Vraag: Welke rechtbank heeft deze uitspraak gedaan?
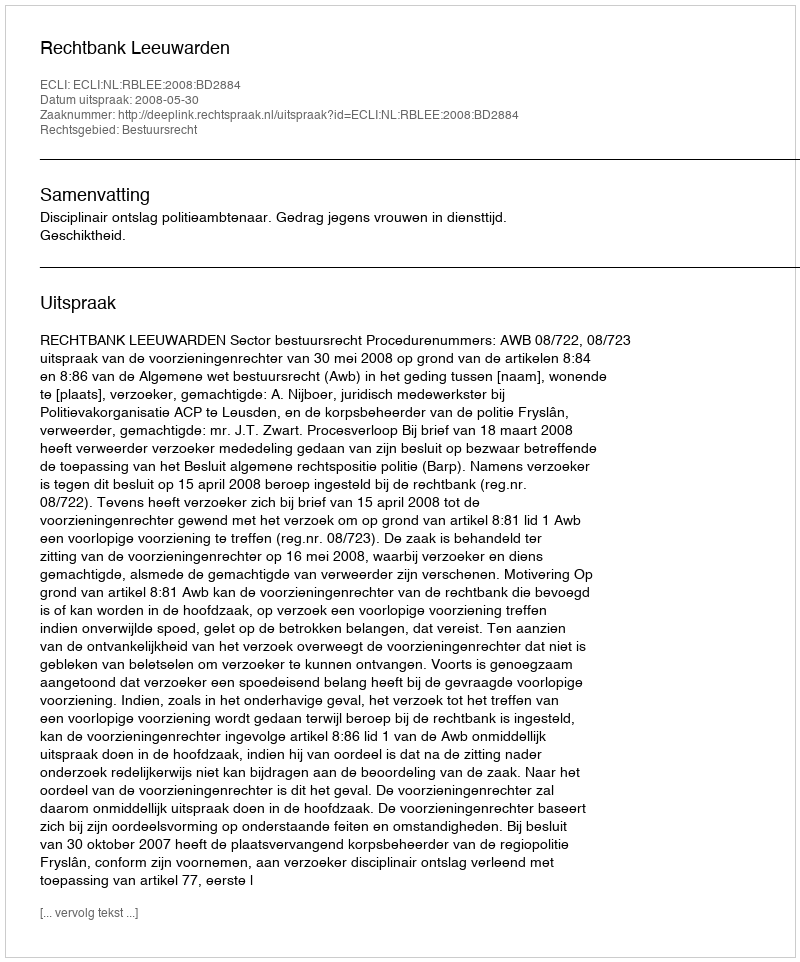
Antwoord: Rechtbank Leeuwarden